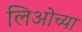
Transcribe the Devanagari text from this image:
लिओच्या